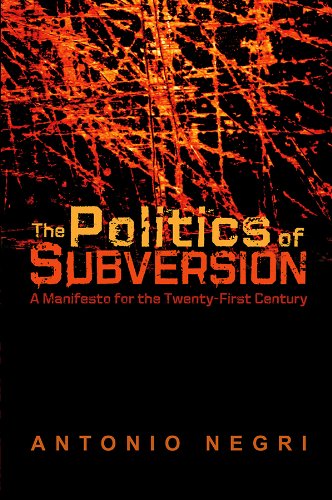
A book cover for The Politics of Subversion: A Manifesto for the Twenty-First Century; Antonio Negri; Arts & Photography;